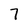
Character: 7